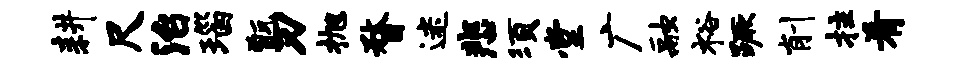
耕尺治瑙甑刃抛瞀迷悲须堂广融裕蹶削拄肴